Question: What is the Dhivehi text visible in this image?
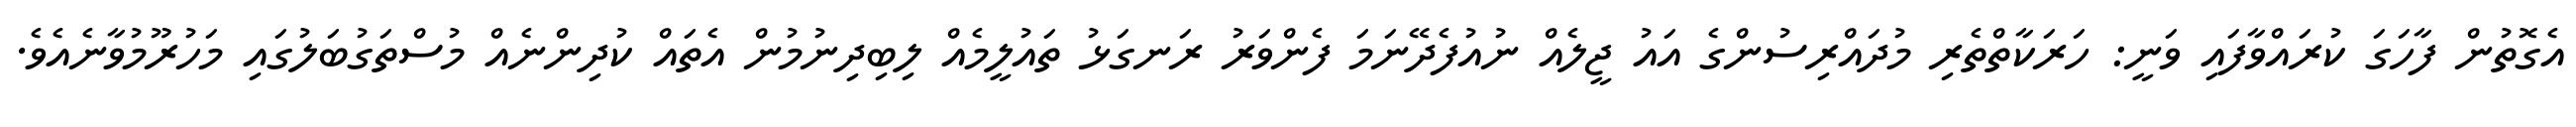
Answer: އެގޮތުން ފާހަގަ ކުރައްވާފައި ވަނީ: ހަރަކާތްތެރި މުދައްރިސުންގެ އައު ޖީލެއް ނުއުފެދޭނަމަ ފެންވަރު ރަނގަޅު ތައުލީމެއް ލިބިދިނުމުން އެތައް ކުދިންނެއް މުސްތަގުބަލުގައި މަހުރޫމުވާނެއެވެ.